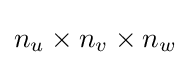
n_{u}\times n_{v}\times n_{w}